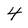
Character: 4